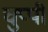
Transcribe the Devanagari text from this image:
चुप्‍पी